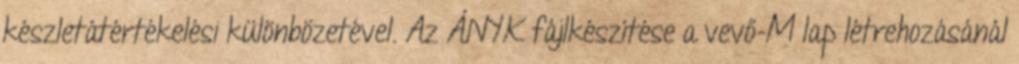
készletátértékelési különbözetével. Az ÁNYK fájlkészítése a vevő-M lap létrehozásánál